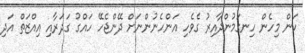
ކަން މިހެން ހިނގަމުންދާއިރު ގެވެހި އަންހެނުންނަށް ދޭންޖެހޭ ހައްގު ގަދަރާއި އިއްޒަތް އަދި